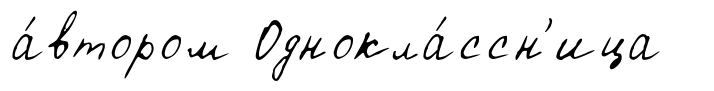
а́втором Однокла́ссн'ица